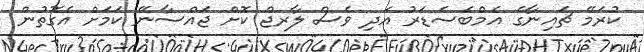
ކުރަމޭ ޗައިނާގެ އެމްބެސެޑަރު އަދި ވެސް ލާރޖް ކޮށް ޖައްސާނޭ ކަަމަށް އެގޮތުން